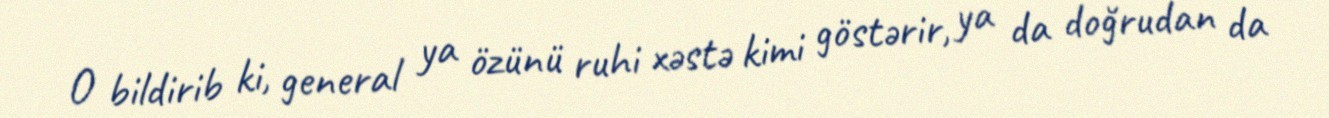
O bildirib ki, general ya özünü ruhi xəstə kimi göstərir, ya da doğrudan da